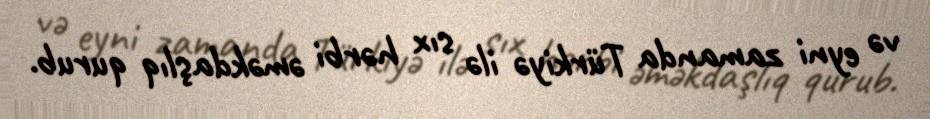
və eyni zamanda Türkiyə ilə sıx hərbi əməkdaşlıq qurub.